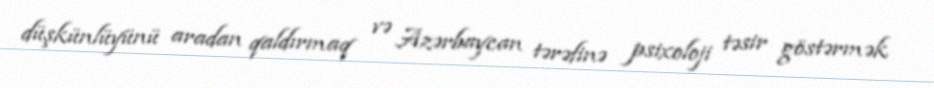
düşkünlüyünü aradan qaldırmaq və Azərbaycan tərəfinə psixoloji təsir göstərmək